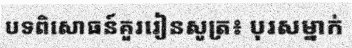
បទពិសោធន៍គួររៀនសូត្រ៖ បុរសម្នាក់